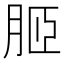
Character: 𦚟